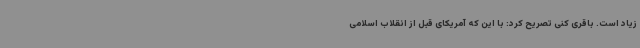
زیاد است. باقری کنی تصریح کرد: با این که آمریکای قبل از انقلاب اسلامی